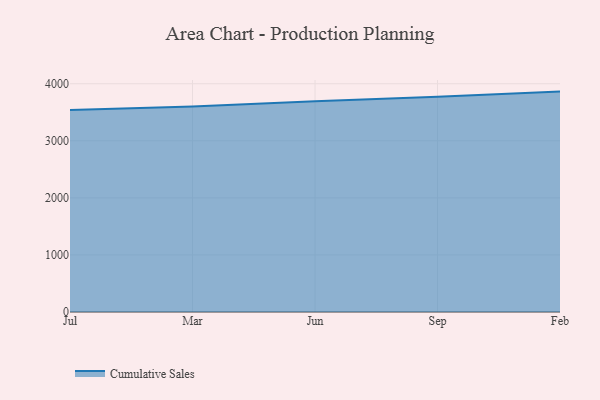
{"axis": {"x": "Month", "y": "Page Views"}, "legend": ["Cumulative Sales"], "data": [{"x": "Jul", "y": 3539.1, "type": "Cumulative Sales"}, {"x": "Mar", "y": 3600.7, "type": "Cumulative Sales"}, {"x": "Jun", "y": 3692.6, "type": "Cumulative Sales"}, {"x": "Sep", "y": 3770.7, "type": "Cumulative Sales"}, {"x": "Feb", "y": 3862.2, "type": "Cumulative Sales"}]}